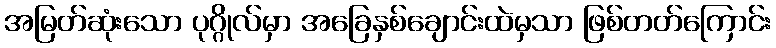
အမြတ်ဆုံးသော ပုဂ္ဂိုလ်မှာ အခြေနှစ်ချောင်းထဲမှသာ ဖြစ်တတ်ကြောင်း